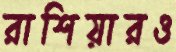
রাশিয়ারও